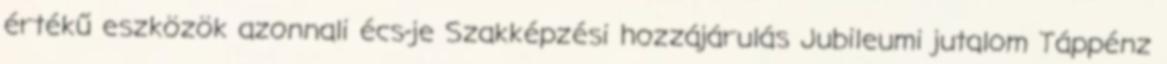
értékű eszközök azonnali écs-je Szakképzési hozzájárulás Jubileumi jutalom Táppénz